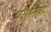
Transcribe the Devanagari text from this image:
पक्षानेही